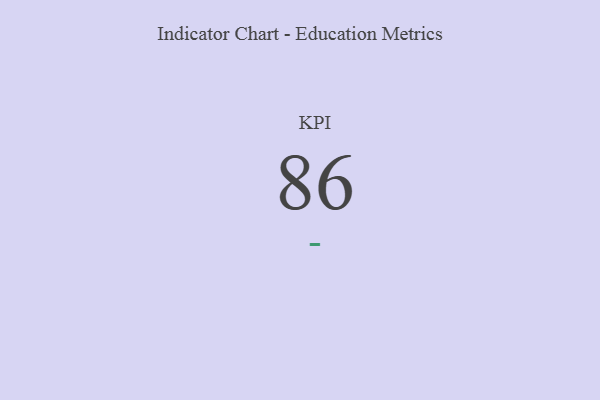
{"axis": {"x": "KPI", "y": "Value"}, "legend": [""], "data": [{"x": "KPI", "y": 86, "type": ""}]}